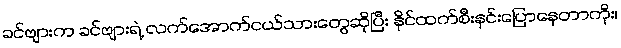
ခင်ဗျားက ခင်ဗျားရဲ့ လက်အောက်ငယ်သားတွေဆိုပြီး နိုင်ထက်စီးနင်းပြောနေတာကိုး၊